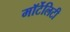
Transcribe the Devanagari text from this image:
मॉर्टेलिटी